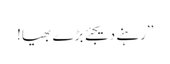
’’رہنے دیجئے بڑے بھیا!